King Institute of Preventive Medicine Micro-Biological Section reports 1912-19
Year: 1912
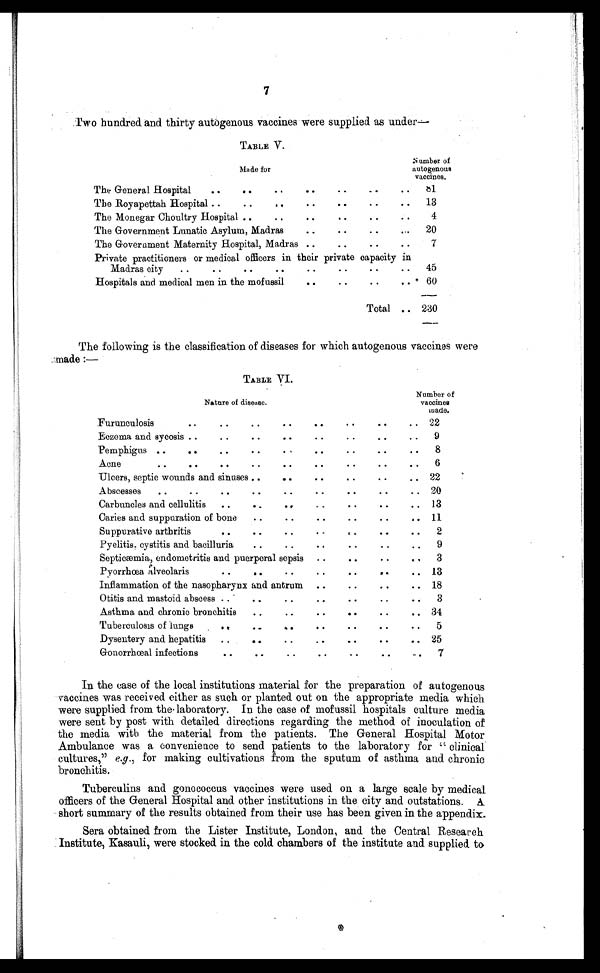
7
Two hundred and thirty autogenous vaccines were supplied as under—
TABLE V.
Made for
Number of
autogenous
vaccines.
The General Hospital
...
...
. . . . .
8 1
The Royapettah Hospital .
13
The Monegar Choultry Hospital..
. . .
4
The Government Lunatic Asylum, Madras
..
• •
..
...
20
The Government Maternity Hospital, Madras ...
...
...
. . .
7
Private practitioners or medical officers in their private capacity in
Madras city
..
..
...
...
...
...
...
..
45
Hospitals and medical men in the mofussil
...
...
...
. . .
60
Total .. 230
The following is the classification of diseases for which autogenous vaccines were made:—
TABLE VI.
Nature of disease.
Number of
vaccines
made.
Furunculosis
...
...
...
...
...
..
.
.
• •
22
• •
Eczema and sycosis . ...
... . . .
. . .
. . .
. . .
9
Pemphigus ...
...
...
...
...
...
. . .
. . .
8
Acne
...
...
...
... . . .
. . . . . .
. . .
6
Ulcers, septic wounds and sinuses ..
• •
•
..
.. 22
Abscesses
..
...
...
...
...
...
...
...
.. 20
Carbuncles and cellulitis
..
..
... ...
...
...
.. 13
Caries and suppuration of bone
...
...
...
.. 11
Suppurative arthritis
. . .
2
Pyelitis, cystitis and bacilluria
..
...
...•
. . .
9
Septicæmia, endometritis and puerperal sepsis . . .
. . .
. . .
3
Pyorrhœa alveolaris
..
..
..
.. 13
Inflammation of the nasopharynx and antrum
...
...
...
.. 18
Otitis and mastoid abscess ...
...
...
...
...
...
3
Asthma and chronic bronchitis
...
...
. . .
...
34
Tuberculosis of lungs
...
...
...
..
5
Dysentery and hepatitis
..
...
...
...
...
...
25
Gonorrhœal infections
7
In the case of the local institutions material for the preparation of autogenous
vaccines was received either as such or planted out on the appropriate media which
were supplied from the laboratory. In the case of mofussil hospitals culture media
were sent by post with detailed directions regarding the method of inoculation of
the media with the material from the patients. The General Hospital Motor
Ambulance was a convenience to send patients to the laboratory for "clinical
cultures," e.g ., for making cultivations from the sputum of asthma and chronic
bronchitis.
Tuberculins and gonococcus vaccines were used on a large scale by medical
officers of the General Hospital and other institutions in the city and outstations. A
short summary of the results obtained from their use has been given in the appendix.
Sera obtained from the Lister Institute, London, and the Central Research
Institute, Kasauli, were stocked in the cold chambers of the institute and supplied to